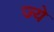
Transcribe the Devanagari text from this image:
ज्ये